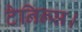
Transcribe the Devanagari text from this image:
टैनिन्स।